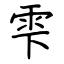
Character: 雫